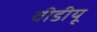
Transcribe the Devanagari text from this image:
वीडीयू